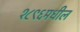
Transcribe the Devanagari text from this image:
१८९६मधील